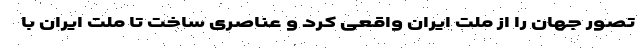
تصور جهان را از ملت ایران واقعی کرد و عناصری ساخت تا ملت ایران با